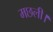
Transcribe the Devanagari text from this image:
मछली।